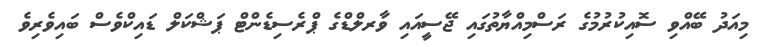
މިއަދު ބޭއްވި ސޮއިކުރުމުގެ ރަސްމިއްޔާތުގައި ޖޭސީއައި ވާރލްޑްގެ ޕްރެސިޑެންޓް ޕަޝްކަލް ޑައިކްވެސް ބައިވެރިވެ